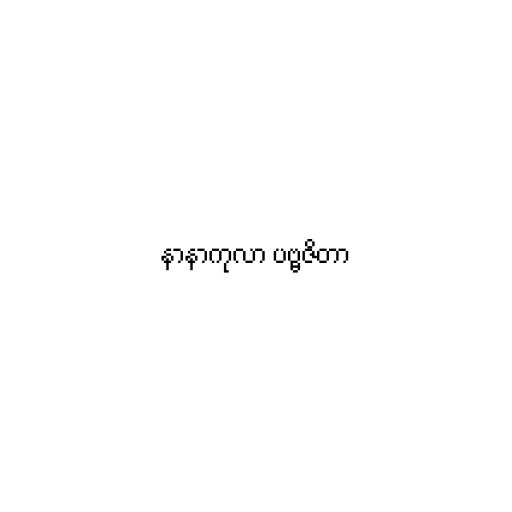
နာနာကုလာ ပဗ္ဗဇိတာ